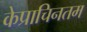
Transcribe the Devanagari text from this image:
केप्राचिनतम